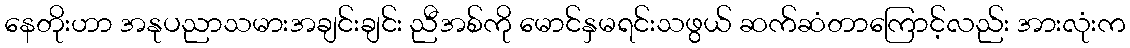
နေတိုးဟာ အနုပညာသမားအချင်းချင်း ညီအစ်ကို မောင်နှမရင်းသဖွယ် ဆက်ဆံတာကြောင့်လည်း အားလုံးက